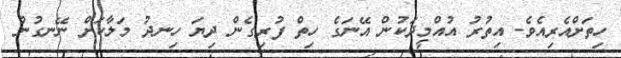
ހިތަށްއެރިއެވެ. އިތުރު އުއްމީދަކުން އޭނަގެ ހިތް ފުރިގެން ދިޔަ ހިނދު މަލާކަށް ނޭނގުނު